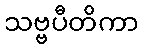
သဗ္ဗပီတိကာ